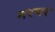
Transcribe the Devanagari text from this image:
नरगर